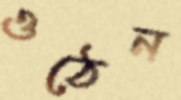
ওঠেন